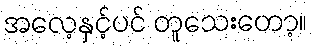
အလေ့နှင့်ပင် တူသေးတော့။